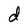
Character: d